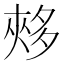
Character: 𡖳